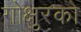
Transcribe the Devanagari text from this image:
गोक्षुरको